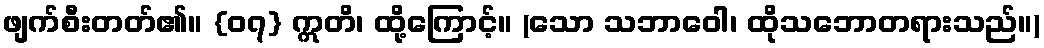
ဖျက်စီးတတ်၏။ {၀၇} ဣတိ၊ ထို့ကြောင့်။ (သော သဘာဝေါ၊ ထိုသဘောတရားသည်။)